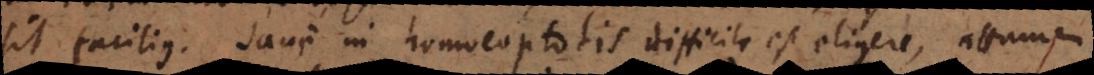
sit facilius. Sane in homoeoptotis difficile est eligere, attamen